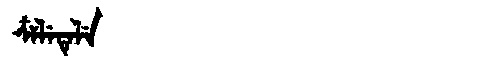
Manchu: ᠴᠶᠯᡝᡨᡝᠯᡝ
Romanization: CYLETELE